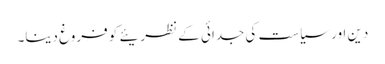
دین اور سیاست کی جدائی کے نظریئے کو فروغ دینا۔